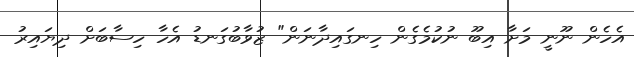
އެހެން ނޫނީ މަށާ އިބޫ ނުކުމެގެން ހިނގައިދާނަން" ޒުވާބުގަނޑު އެހާ ހިސާބަށް ދިޔައިރު